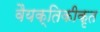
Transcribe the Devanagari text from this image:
वैयक्तिकीकृत